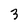
Character: 3